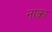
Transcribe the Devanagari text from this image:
नाक़ा